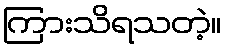
ကြားသိရသတဲ့။